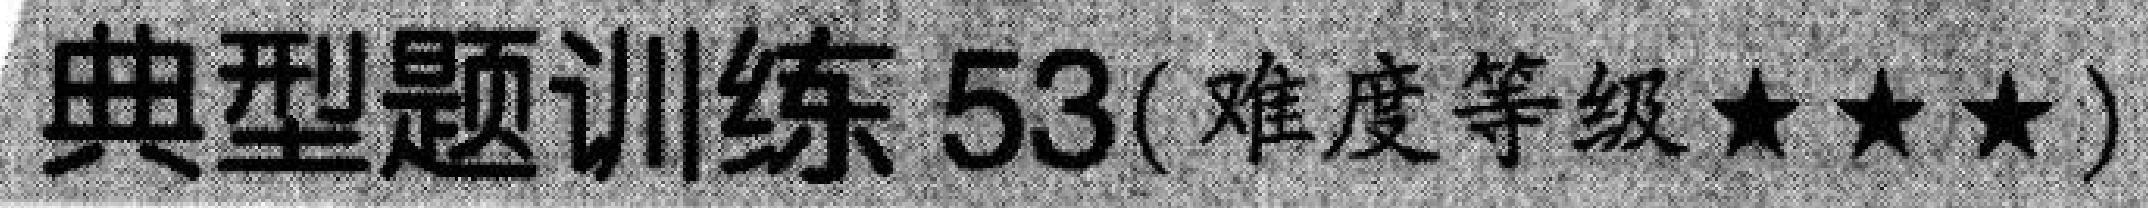
典型题训练 \(53\)(难度等级 \(\star\star\star\))